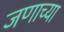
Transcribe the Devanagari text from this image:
जणाच्या